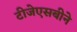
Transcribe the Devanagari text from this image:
टीजेएसबीने